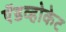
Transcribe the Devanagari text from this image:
ऍडव्होकेट